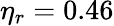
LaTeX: \eta_{r}=0.46